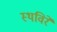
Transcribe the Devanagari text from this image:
स्थविरे